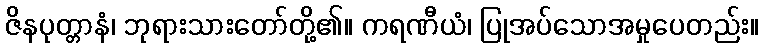
ဇိနပုတ္တာနံ၊ ဘုရားသားတော်တို့၏။ ကရဏီယံ၊ ပြုအပ်သောအမှုပေတည်း။